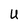
Character: U